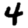
Digit: 4